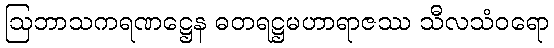
ဩဘာသကရဏဋ္ဌေန ဓတရဋ္ဌမဟာရာဇဿ သီလသံဝရော